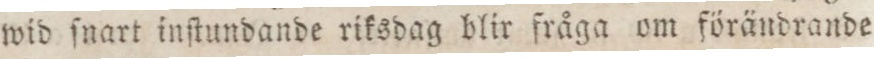
wid ſnart inſtundande riksdag blir fråga om förändrande